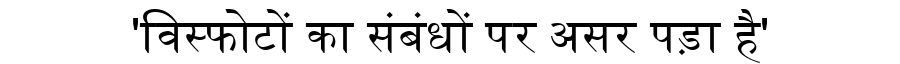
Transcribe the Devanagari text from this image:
'विस्फोटों का संबंधों पर असर पड़ा है'